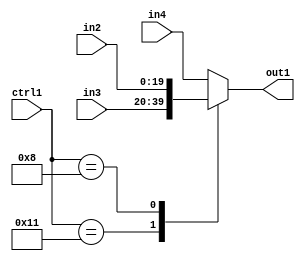
`timescale 1ps / 1ps
/*****************************************************************************
    Verilog RTL Description
    
    
    Created by: Stratus DpOpt 21.05.01 
*******************************************************************************/

module SobelFilter_N_Mux_20_3_11_4 (
	in4,
	in3,
	in2,
	ctrl1,
	out1
	); /* architecture "behavioural" */ 
input [19:0] in4,
	in3,
	in2;
input [4:0] ctrl1;
output [19:0] out1;
wire [19:0] asc001;

reg [19:0] asc001_tmp_0;
assign asc001 = asc001_tmp_0;
always @ (ctrl1 or in3 or in2 or in4) begin
	casez (ctrl1)
		5'B10001 : asc001_tmp_0 = in3 ;
		5'B01000 : asc001_tmp_0 = in2 ;
		default : asc001_tmp_0 = in4 ;
	endcase
end

assign out1 = asc001;
endmodule

/* CADENCE  v7P3Sww= : u9/ySxbfrwZIxEzHVQQV8Q== ** DO NOT EDIT THIS LINE ******/